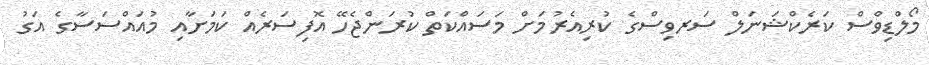
މޯލްޑިވްސް ކަރެކްޝަނަލް ސަރވިސްގެ ކުރިއެރުމަށް މަސައްކަތް ކުރަންޖެހޭ އޮފިސަރެއް ކަމަށާއި މުއައްސަސާގެ އަގު